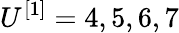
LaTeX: U^{[1]}=4,5,6,7